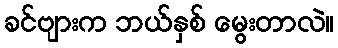
ခင်ဗျားက ဘယ်နှစ် မွေးတာလဲ။